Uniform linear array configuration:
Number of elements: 16
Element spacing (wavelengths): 1
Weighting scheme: uniform
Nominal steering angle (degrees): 60
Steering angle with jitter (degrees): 59.74
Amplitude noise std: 0.05
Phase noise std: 0.05

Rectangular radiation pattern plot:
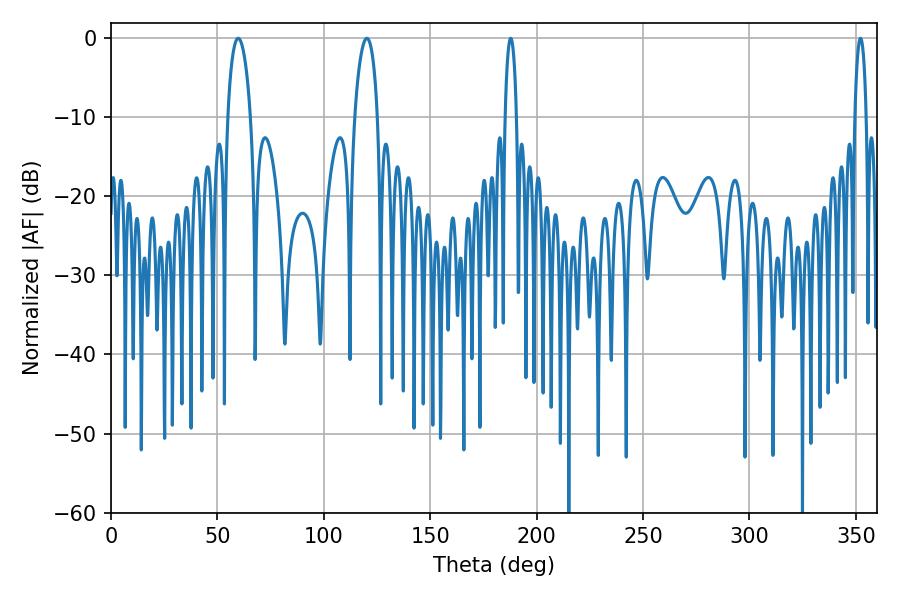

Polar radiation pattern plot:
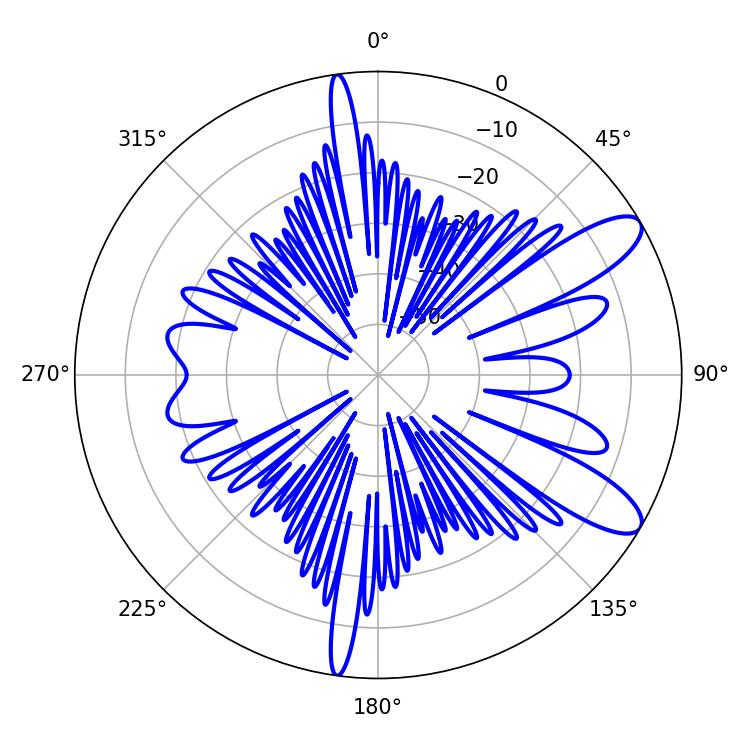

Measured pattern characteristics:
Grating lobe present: TRUE
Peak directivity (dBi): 10.329
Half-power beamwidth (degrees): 6.12
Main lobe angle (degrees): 120.24